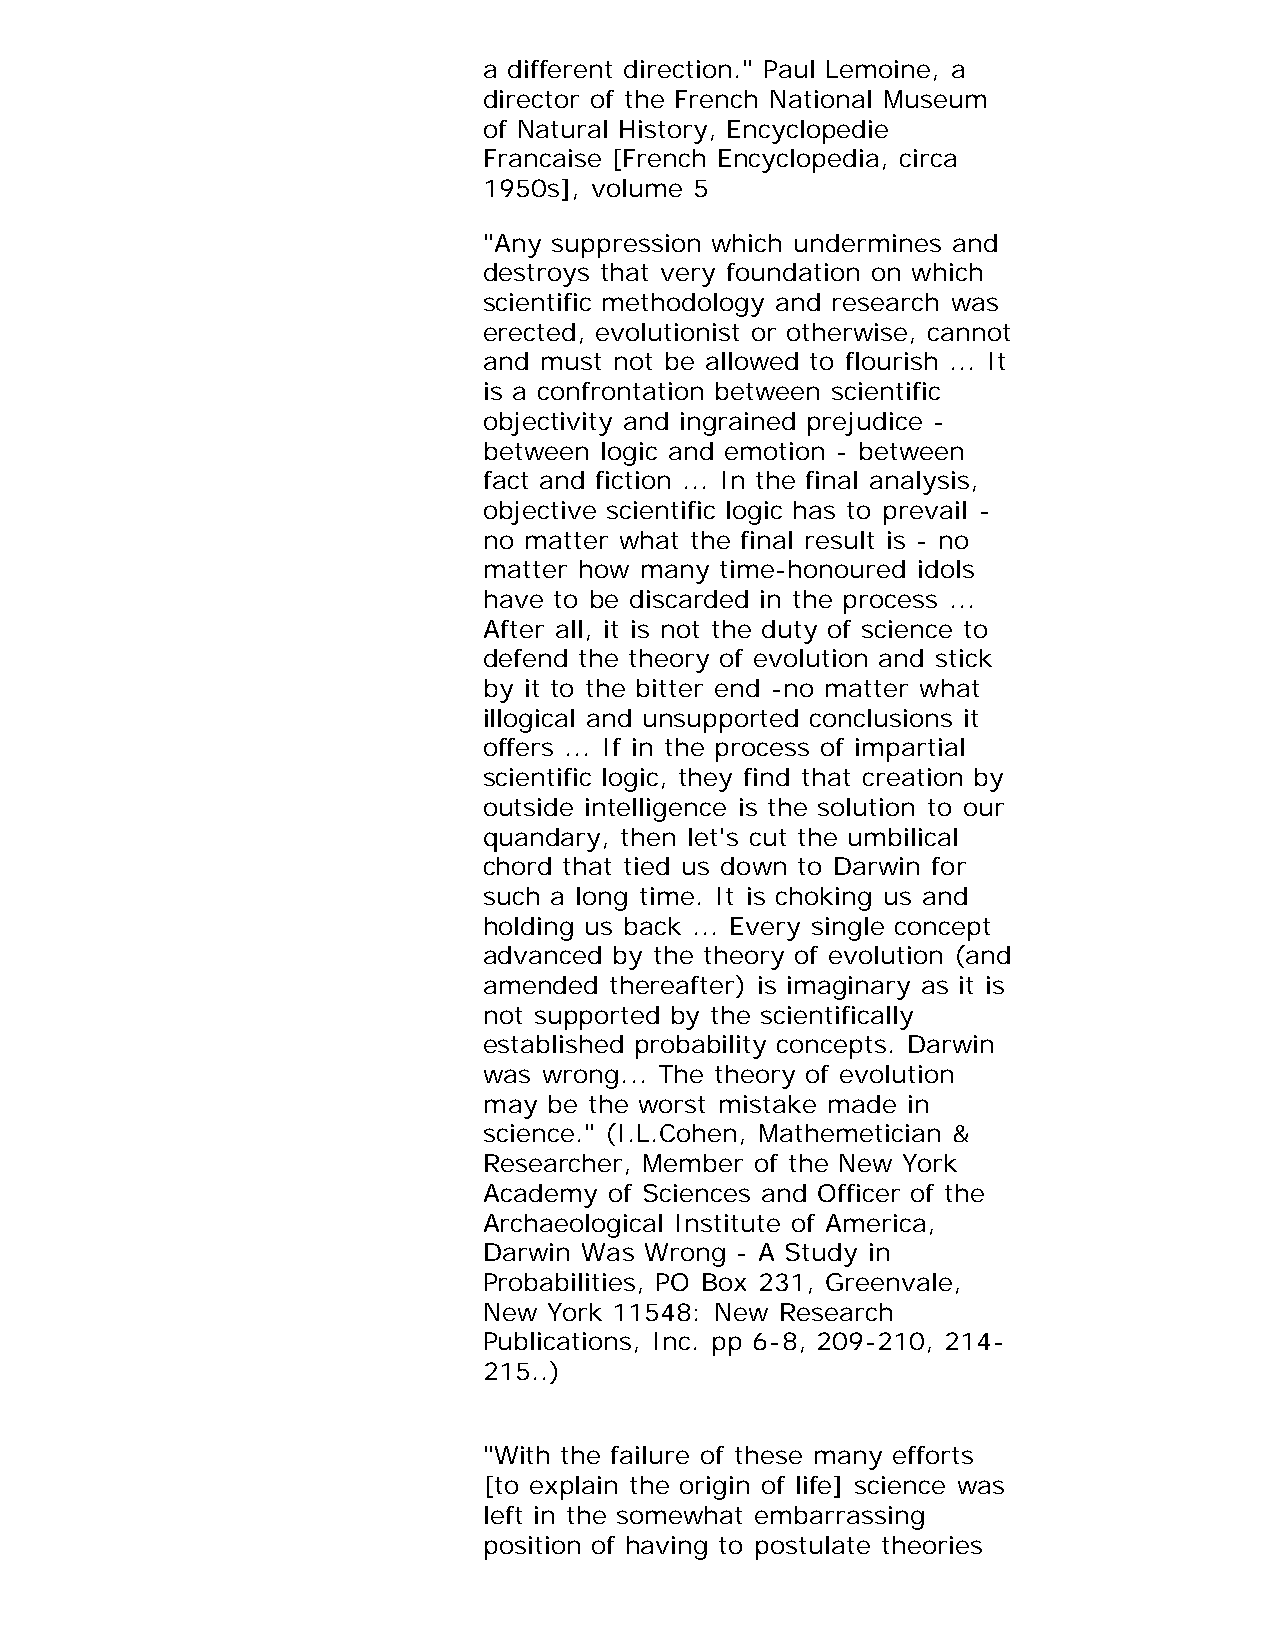
a different direction." Paul Lemoine, a
 director of the French National Museum
 of Natural History, Encyclopedie
 Francaise [French Encyclopedia, circa
 1950s], volume 5
 "Any suppression which undermines and
 destroys that very foundation on which
 scientific methodology and research was
 erected, evolutionist or otherwise, cannot
 and must not be allowed to flourish ... It
 is a confrontation between scientific
 objectivity and ingrained prejudice -
 between logic and emotion - between
 fact and fiction ... In the final analysis,
 objective scientific logic has to prevail -
 no matter what the final result is - no
 matter how many time-honoured idols
 have to be discarded in the process ...
 After all, it is not the duty of science to
 defend the theory of evolution and stick
 by it to the bitter end -no matter what
 illogical and unsupported conclusions it
 offers ... If in the process of impartial
 scientific logic, they find that creation by
 outside intelligence is the solution to our
 quandary, then let's cut the umbilical
 chord that tied us down to Darwin for
 such a long time. It is choking us and
 holding us back ... Every single concept
 advanced by the theory of evolution (and
 amended thereafter) is imaginary as it is
 not supported by the scientifically
 established probability concepts. Darwin
 was wrong... The theory of evolution
 may be the worst mistake made in
 science." (I.L.Cohen, Mathemetician &
 Researcher, Member of the New York
 Academy of Sciences and Officer of the
 Archaeological Institute of America,
 Darwin Was Wrong - A Study in
 Probabilities, PO Box 231, Greenvale,
 New York 11548: New Research
 Publications, Inc. pp 6-8, 209-210, 214-
 215..)
 "With the failure of these many efforts
 [to explain the origin of life] science was
 left in the somewhat embarrassing
 position of having to postulate theories